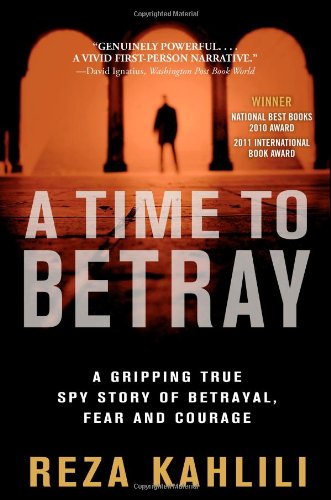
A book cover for A Time to Betray: A Gripping True Spy Story of Betrayal, Fear, and Courage; Reza Kahlili; Biographies & Memoirs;